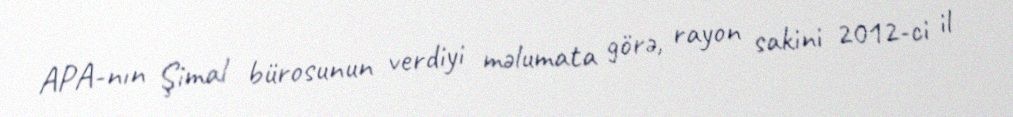
APA-nın Şimal bürosunun verdiyi məlumata görə, rayon sakini 2012-ci il